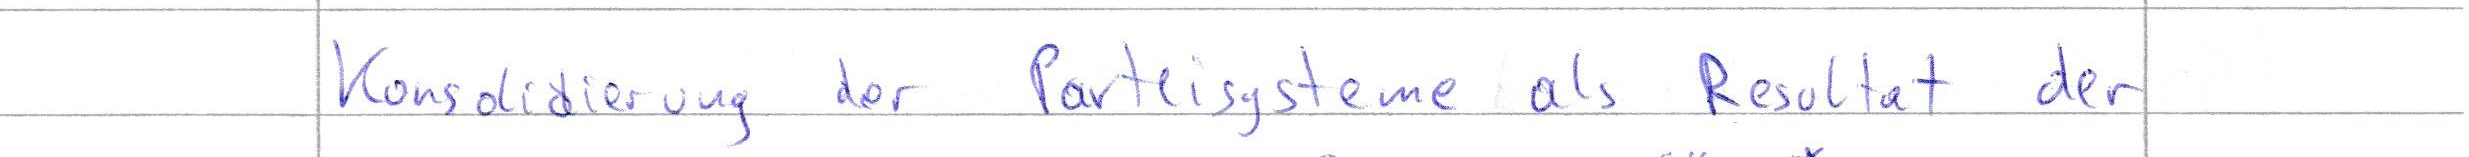
Konsolidierung der Parteisysteme als Resultat der